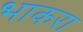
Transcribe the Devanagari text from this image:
भाकरा